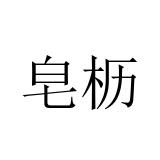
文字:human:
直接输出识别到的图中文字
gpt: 皂枥